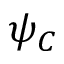
\psi _ { C }